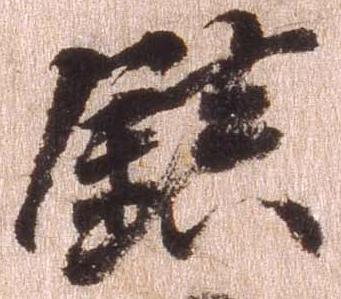
鎮